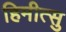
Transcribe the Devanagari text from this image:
हिमीत्सु